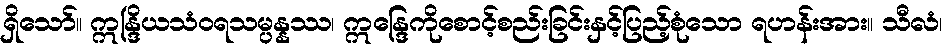
ရှိသော်။ ဣန္ဒြိယသံဝရသမ္ပန္နဿ၊ ဣန္ဒြေကိုစောင့်စည်းခြင်းနှင့်ပြည့်စုံသော ရဟန်းအား။ သီလံ၊